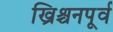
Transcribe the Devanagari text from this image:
ख्रिश्चनपूर्व